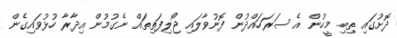
ދޮށުގައި ތިބި މީހުން އެ ސަރަހައްދުން ފޮނުވާލައި ޖޯލިފަތިތައް ނެގުމުން އިދާރާ ހުޅުވައިގެން